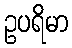
ဥပရိမာ